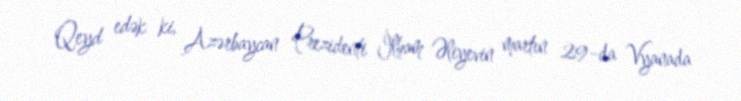
Qeyd edək ki, Azərbaycan Prezidenti İlham Əliyevin martın 29-da Vyanada